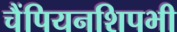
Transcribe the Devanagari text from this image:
चैंपियनशिपभी